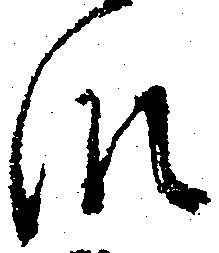
段